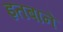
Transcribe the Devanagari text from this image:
इतबाने